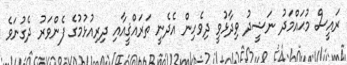
ރައީސް މުޙައްމަދު ނަޝީދު ވިދާޅުވީ ދިވެހިން އެދެނީ ތަރައްޤީއާއި ދިރިއުޅުމުގެ ފެންވަރު ދެގުނަވެ